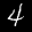
Label: 4